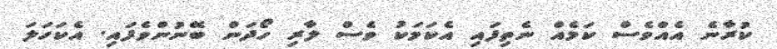
ކުރާނެ އެއްވެސް ކަމެއް ނެތިފައި އެކަމަކު ވެސް ލާރި ހޯދަން ބޭނުންވެފައި. އެކަހަލަ